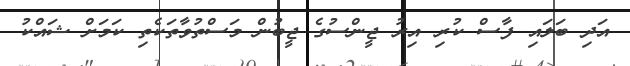
އަދި ބަލައި ފާސް ކުރި އިރު ޖީންސުގެ ޖީބުން މަސްތުވާތަކެތި ކަމަށް ޝައްކު